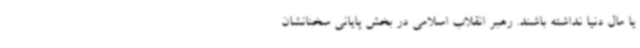
یا مال دنیا نداشته باشند. رهبر انقلاب اسلامی در بخش پایانی سخنانشان